Civil Veterinary Department Bengal reports 1933-51 - 1933-1951
Year: 1933
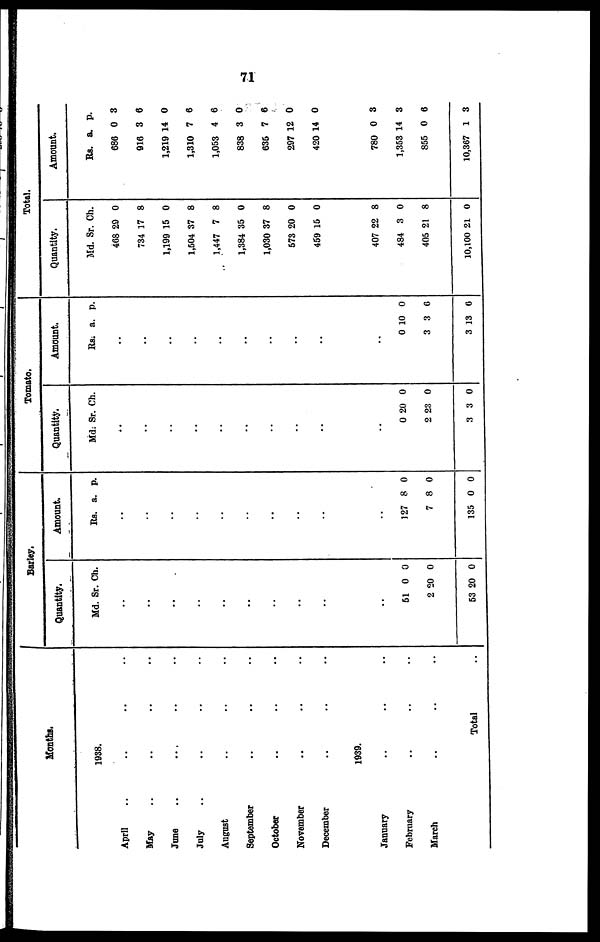
71
Months.
1938.
April .. .. .. ..
May .. .. .. ..
June .. .. .. ..
July .. .. .. ..
August .. .. ..
September .. .. ..
October .. .. ..
November .. .. ..
December .. .. ..
1939.
January .. .. ..
February .. .. ..
March .. .. ..
Total ..
Barley.
Quantity.
Md.
..
..
..
..
..
..
..
..
..
..
51
2
53
Sr.
0
20
20
Ch.
0
0
0
Amount.
Rs.
..
..
..
..
..
..
..
..
..
..
127
7
135
a.
8
8
0
p.
0
0
0
Tomato.
Quantity.
Md.
..
..
..
..
..
..
..
..
..
..
0
2
3
Sr.
20
23
3
Ch.
0
0
0
Amount.
Rs.
..
..
..
..
..
..
..
..
..
..
0
3
3
a.
10
3
13
p.
0
6
0
Total.
Quantity.
Md.
468
734
1,199
1,504
1,447
1,384
1,030
573
459
407
484
405
10,100
Sr. C
29
17
15
37
7
35
37
20
15
22
3
21
21
h.
0
8
0
8
8
0
8
0
0
8
0
8
0
Amount.
Rs. a
686
916
1,219
1,310
1,053
838
635
297
420
780
1,353
855
10,367
.
0
3
14
7
4
3
7
12
14
0
14
0
1
p.
3
6
0
6
6
0
6
0
0
3
3
6
3